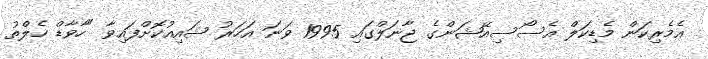
އެމެރިކަން މެޑިކަލް އެސޯސިއޭޝަންގެ ޖާނަލްގައި 1995 ވަނަ އަހަރު ޝައިއުކޮށްފައިވާ "ހާވާޑް ހެލްތު